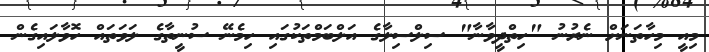
މިއީ މިހާތަނަށް ނެރުނު "ހިތްދީވާނާ" ސިލްސިލާގެ އަލްބަމްތަކުގައި ހިމެނޭ ސުނީތާގެ ލަވަތައް ހޮވާލައިގެން